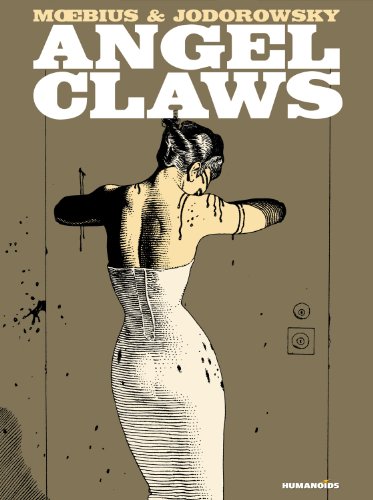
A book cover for Angel Claws: Coffee Table Book (Limited); Alexandro Jodorowsky; Comics & Graphic Novels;